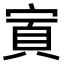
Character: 𫳜